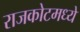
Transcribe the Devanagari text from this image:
राजकोटमध्ये